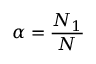
\alpha = \frac { N _ { 1 } } { N }